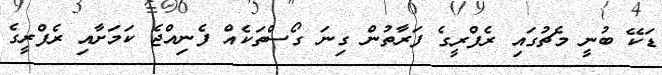
ޑަކޭ ބުނީ މެޗުގައި ރެފްރީގެ ފަރާތުން ގިނަ ގޯސްތަކެއް ފެނިއްޖެ ކަމަށާއި ރެފްރީގެ